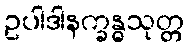
ဥပါဒါနက္ခန္ဓသုတ္တ